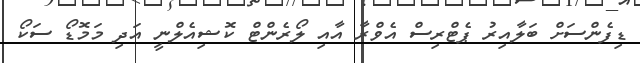
ޑިފެންސަށް ބަލާއިރު ޕެޓްރިސް އެވްރާ އާއި ލޯރެންޓް ކޮޝިއެލްނީ އަދި މަމޮޑޯ ސަކޯ